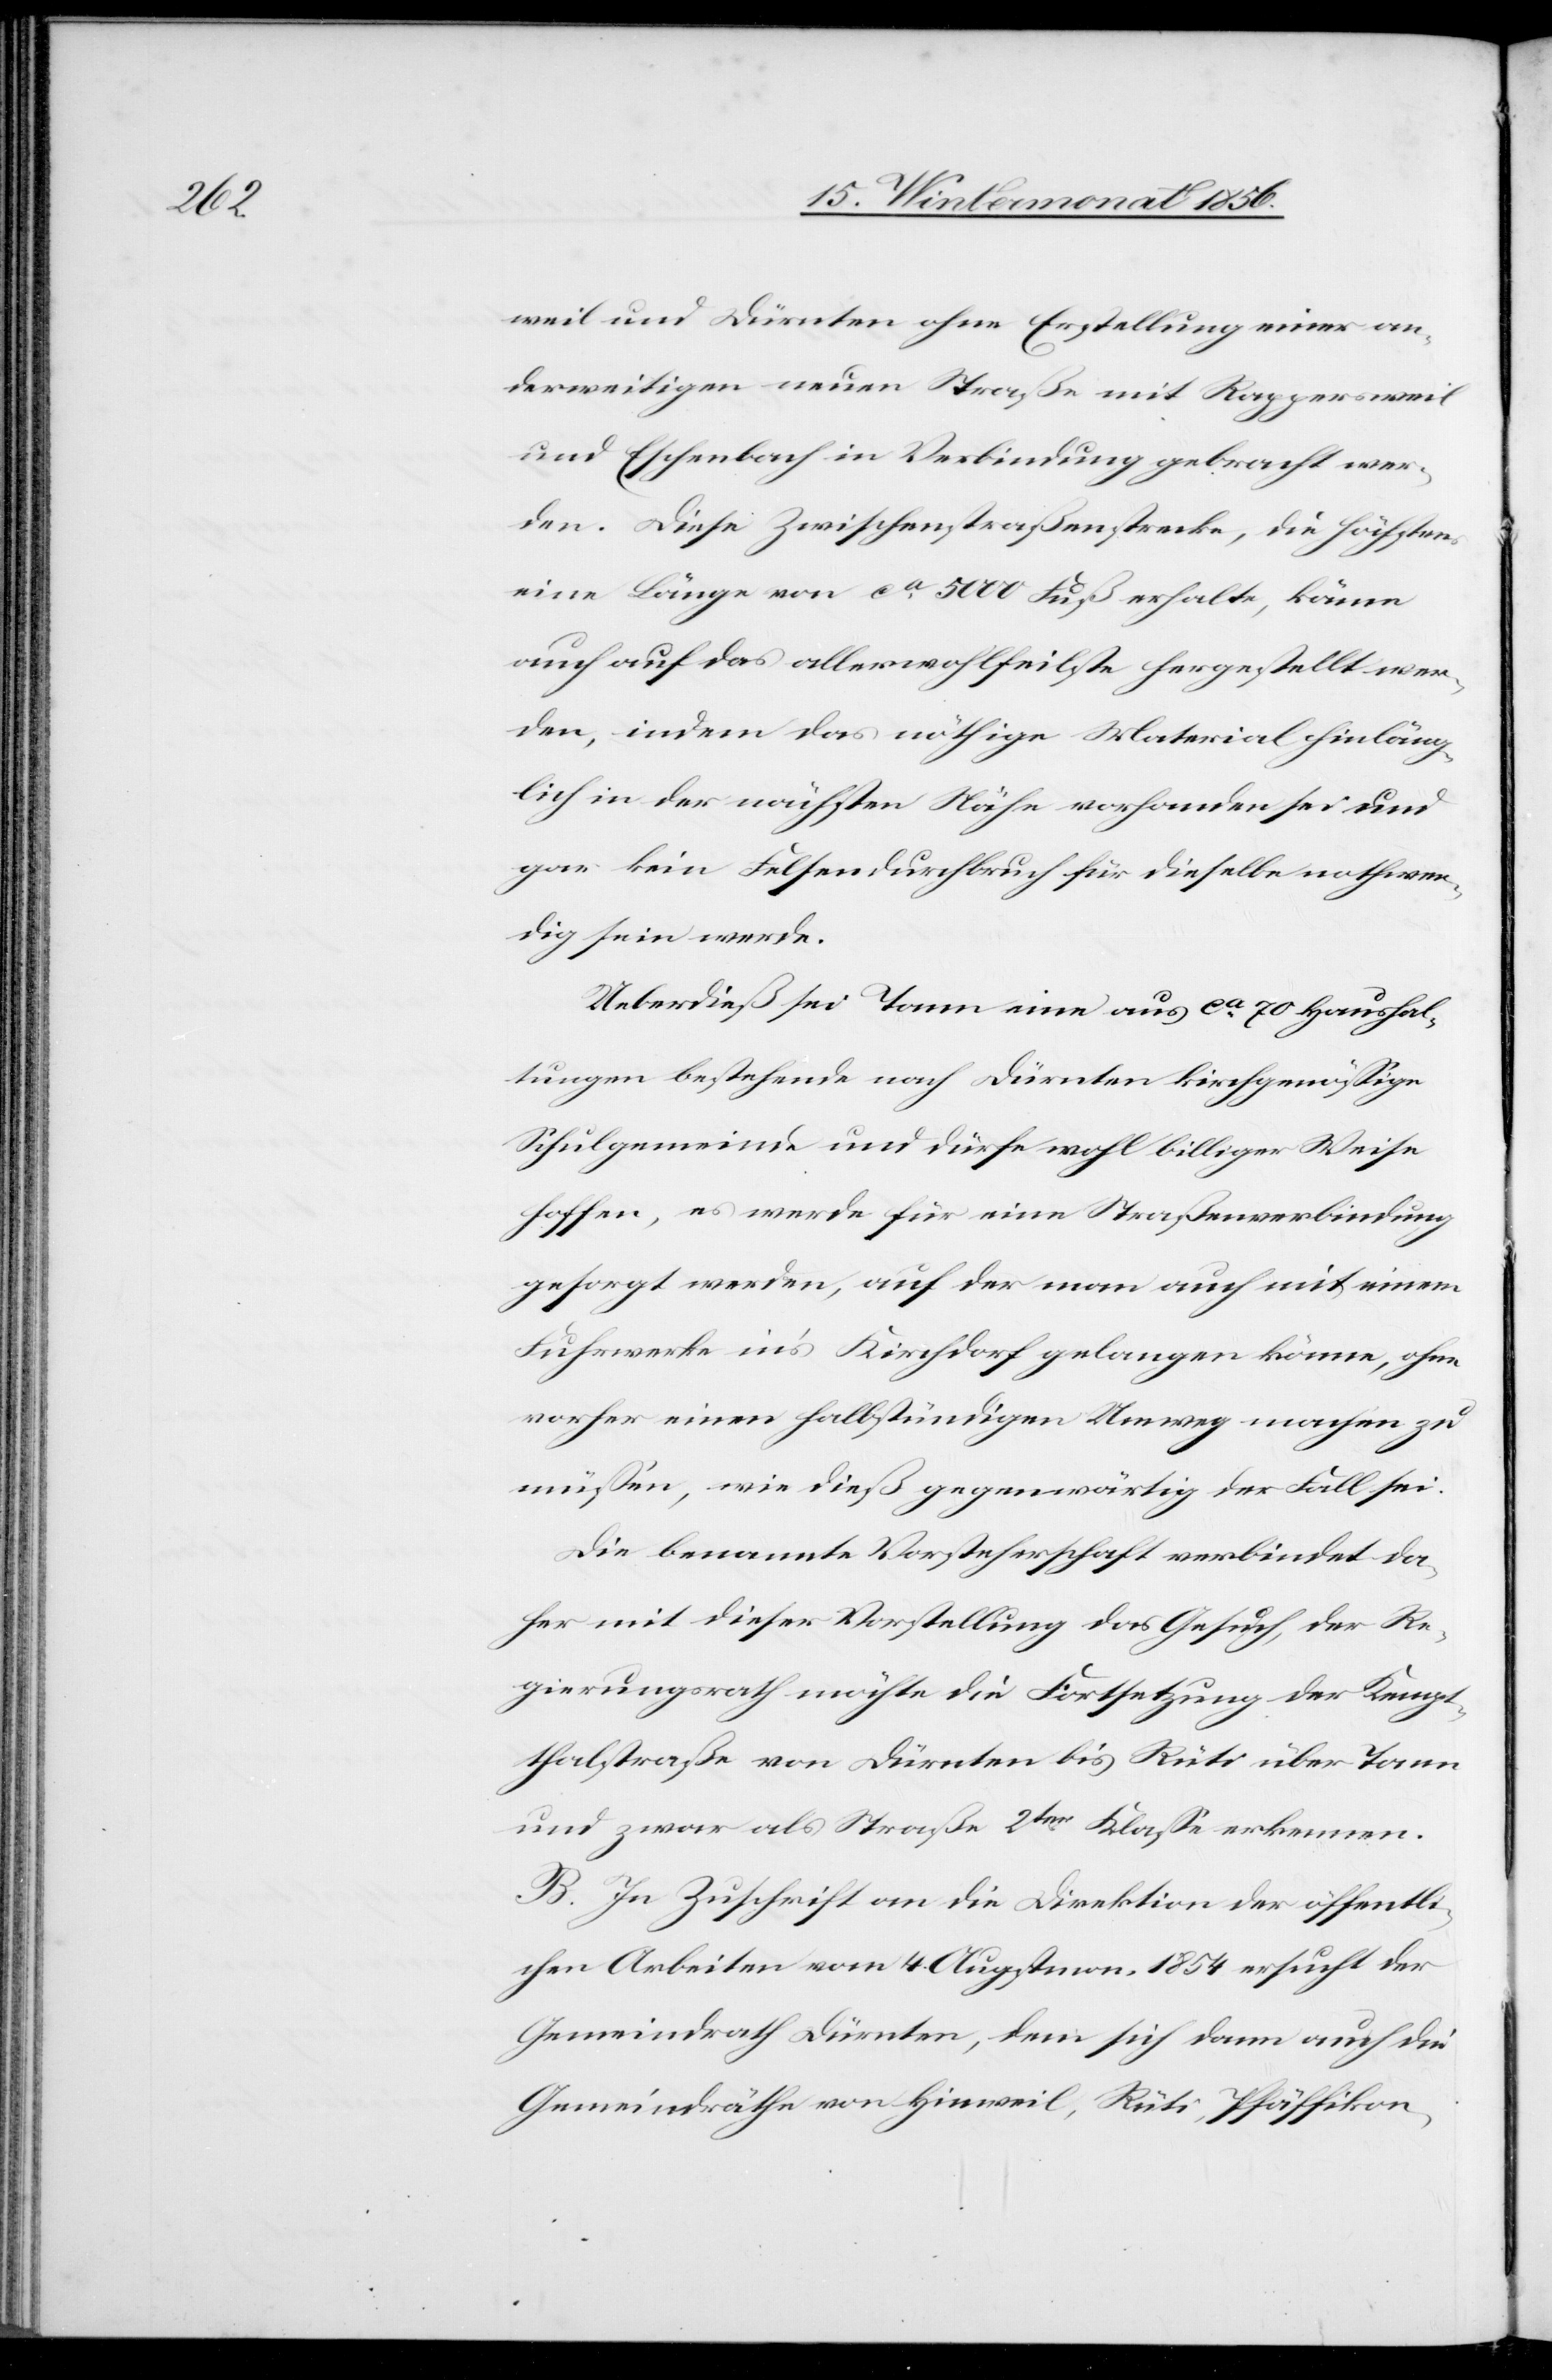
weil und Dürnten ohne Erstellung einer an¬
derweitigen neuen Straße mit Rappersweil
und Eschenbach in Verbindung gebracht wer¬
den. Diese Zwischenstraßenstrecke, die höchstens
eine Länge von ca 5000 Fuß erhalte, könne
auch auf das allerwohlfeilste hergestellt wer¬
den, indem das nöthige Material hinläng¬
lich in der nächsten Nähe vorhanden sei und
gar kein Felsendurchbruch für dieselbe nothwen¬
dig sein werde.
Ueberdieß sei Tann eine aus ca 70 Haushal¬
tungen bestehende nach Dürnten kirchgenössige
Schulgemeinde und dürfe wohl billiger Weise
hoffen, es werde für eine Straßenverbindung
gesorgt werden, auf der man auch mit einem
Fuhrwerke in's Kirchdorf gelangen könne, ohne
vorher einen halbstündigen Umweg machen zu
müssen, wie dieß gegenwärtig der Fall sei.
Die benannte Vorsteherschaft verbindet da¬
her mit dieser Vorstellung das Gesuch, der Re¬
gierungsrath möchte die Fortsetzung der Kempt¬
thalstraße von Dürnten bis Rüti über Tann
und zwar als Straße 2ter Klasse erkennen.
B. In Zuschrift an die Direktion der öffentli¬
chen Arbeiten vom 4. Augstmon. 1854 ersucht der
Gemeindrath Dürnten, dem sich dann auch die
Gemeindräthe von Hinweil, Rüti, Pfäffikon,